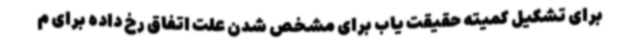
برای تشکیل کمیته حقیقت یاب برای مشخص شدن علت اتفاق رخ داده برای م